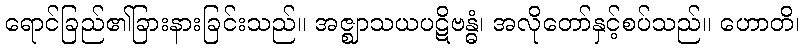
ရောင်ခြည်၏ခြားနားခြင်းသည်။ အဇ္ဈာသယပဋိဗန္ဓံ၊ အလိုတော်နှင့်စပ်သည်။ ဟောတိ၊